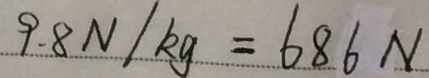
9 . 8 N / k g = 6 8 6 N